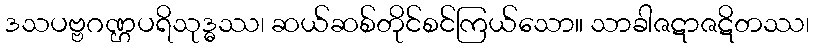
ဒသပဗ္ဗဂဏ္ဌပရိသုဒ္ဓဿ၊ ဆယ်ဆစ်တိုင်စင်ကြယ်သော။ သာခါဇဋာဇဋိတဿ၊